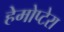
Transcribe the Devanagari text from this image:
हेमोप्टेरा